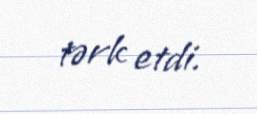
tərk etdi.